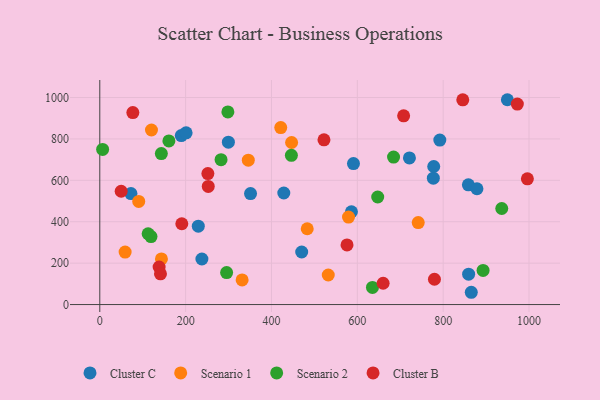
{"axis": {"x": "Engine Size", "y": "Rating"}, "legend": ["Cluster B", "Cluster C", "Scenario 1", "Scenario 2"], "data": [{"x": "428.7", "y": 538.8, "type": "Cluster C"}, {"x": "189.9", "y": 816.0, "type": "Cluster C"}, {"x": "229.5", "y": 378.7, "type": "Cluster C"}, {"x": "949.6", "y": 989.4, "type": "Cluster C"}, {"x": "72.6", "y": 535.9, "type": "Cluster C"}, {"x": "858.7", "y": 578.1, "type": "Cluster C"}, {"x": "878.7", "y": 559.3, "type": "Cluster C"}, {"x": "777.1", "y": 610.4, "type": "Cluster C"}, {"x": "859.3", "y": 146.9, "type": "Cluster C"}, {"x": "201.1", "y": 829.7, "type": "Cluster C"}, {"x": "792.2", "y": 794.5, "type": "Cluster C"}, {"x": "586.3", "y": 448.3, "type": "Cluster C"}, {"x": "591.0", "y": 681.0, "type": "Cluster C"}, {"x": "470.4", "y": 253.9, "type": "Cluster C"}, {"x": "721.4", "y": 708.2, "type": "Cluster C"}, {"x": "299.6", "y": 784.3, "type": "Cluster C"}, {"x": "778.0", "y": 666.9, "type": "Cluster C"}, {"x": "865.5", "y": 59.3, "type": "Cluster C"}, {"x": "351.2", "y": 535.9, "type": "Cluster C"}, {"x": "237.9", "y": 220.0, "type": "Cluster C"}, {"x": "143.6", "y": 220.6, "type": "Scenario 1"}, {"x": "483.3", "y": 366.1, "type": "Scenario 1"}, {"x": "90.7", "y": 498.1, "type": "Scenario 1"}, {"x": "120.4", "y": 843.2, "type": "Scenario 1"}, {"x": "421.6", "y": 855.0, "type": "Scenario 1"}, {"x": "346.0", "y": 697.3, "type": "Scenario 1"}, {"x": "446.9", "y": 782.8, "type": "Scenario 1"}, {"x": "59.0", "y": 253.3, "type": "Scenario 1"}, {"x": "741.9", "y": 396.1, "type": "Scenario 1"}, {"x": "532.3", "y": 142.8, "type": "Scenario 1"}, {"x": "331.6", "y": 118.9, "type": "Scenario 1"}, {"x": "579.5", "y": 422.4, "type": "Scenario 1"}, {"x": "6.6", "y": 749.2, "type": "Scenario 2"}, {"x": "119.3", "y": 328.2, "type": "Scenario 2"}, {"x": "893.0", "y": 164.8, "type": "Scenario 2"}, {"x": "282.5", "y": 700.0, "type": "Scenario 2"}, {"x": "143.4", "y": 729.3, "type": "Scenario 2"}, {"x": "446.4", "y": 720.6, "type": "Scenario 2"}, {"x": "936.5", "y": 463.9, "type": "Scenario 2"}, {"x": "298.4", "y": 930.4, "type": "Scenario 2"}, {"x": "112.6", "y": 341.9, "type": "Scenario 2"}, {"x": "295.5", "y": 154.3, "type": "Scenario 2"}, {"x": "647.5", "y": 519.4, "type": "Scenario 2"}, {"x": "635.3", "y": 82.8, "type": "Scenario 2"}, {"x": "684.4", "y": 712.2, "type": "Scenario 2"}, {"x": "161.0", "y": 790.4, "type": "Scenario 2"}, {"x": "779.7", "y": 122.3, "type": "Cluster B"}, {"x": "49.8", "y": 547.3, "type": "Cluster B"}, {"x": "191.1", "y": 390.2, "type": "Cluster B"}, {"x": "996.2", "y": 607.3, "type": "Cluster B"}, {"x": "707.9", "y": 911.6, "type": "Cluster B"}, {"x": "138.2", "y": 181.3, "type": "Cluster B"}, {"x": "972.8", "y": 968.2, "type": "Cluster B"}, {"x": "251.8", "y": 632.6, "type": "Cluster B"}, {"x": "77.0", "y": 927.1, "type": "Cluster B"}, {"x": "522.3", "y": 795.7, "type": "Cluster B"}, {"x": "660.1", "y": 102.8, "type": "Cluster B"}, {"x": "845.7", "y": 988.9, "type": "Cluster B"}, {"x": "576.0", "y": 287.9, "type": "Cluster B"}, {"x": "141.4", "y": 148.4, "type": "Cluster B"}, {"x": "252.7", "y": 570.6, "type": "Cluster B"}]}